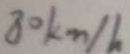
8 0 k m / h